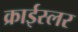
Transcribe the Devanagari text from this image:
क्राईस्लर